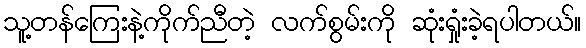
သူ့တန်ကြေးနဲ့ကိုက်ညီတဲ့ လက်စွမ်းကို ဆုံးရှုံးခဲ့ရပါတယ်။